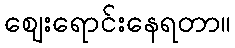
ဈေးရောင်းနေရတာ။